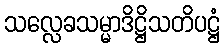
သလ္လေခသမ္မာဒိဋ္ဌိသတိပဋ္ဌံ